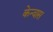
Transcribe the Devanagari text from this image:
केन्वास